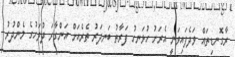
ރާގޮނޑިތައް ވަދެފައިވަނީ އެރަށު ހުޅަނގު ފަރާތު ބަނދަރު ތެރެއަށް އަންގާރަ ދުވަހުގެ މެންދުރު